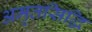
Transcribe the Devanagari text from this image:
अमृतसिद्धि